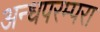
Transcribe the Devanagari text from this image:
अन्धपरम्परा